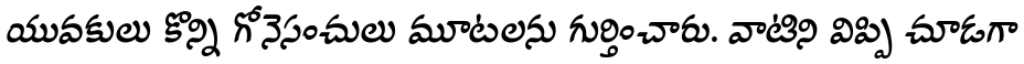
యువకులు కొన్ని గోనెసంచులు మూటలను గుర్తించారు. వాటిని విప్పి చూడగా